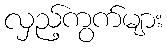
လှည့်ကွက်များ